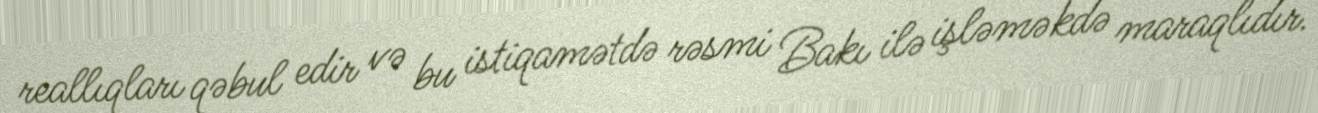
reallıqları qəbul edir və bu istiqamətdə rəsmi Bakı ilə işləməkdə maraqlıdır.